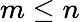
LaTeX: m\le n